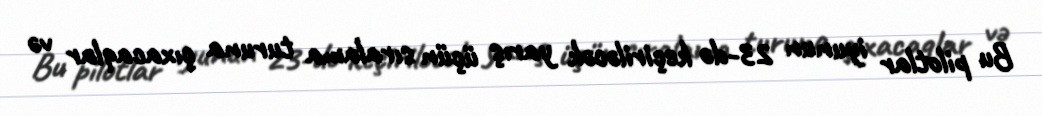
Bu pilotlar iyunun 23-də keçiriləcək yarış üçün sıralama turuna çıxacaqlar və